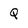
Character: Q